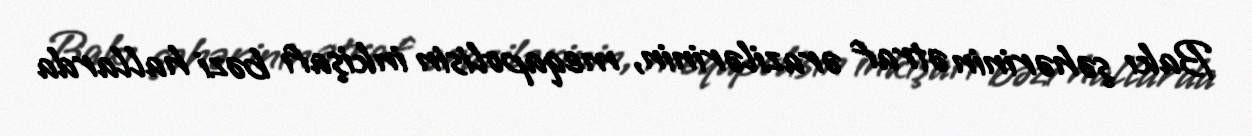
Bakı şəhərinin ətraf ərazilərinin, meqapolisin inkişafı bəzi hallarda